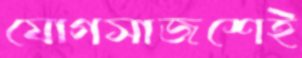
যোগসাজশেই